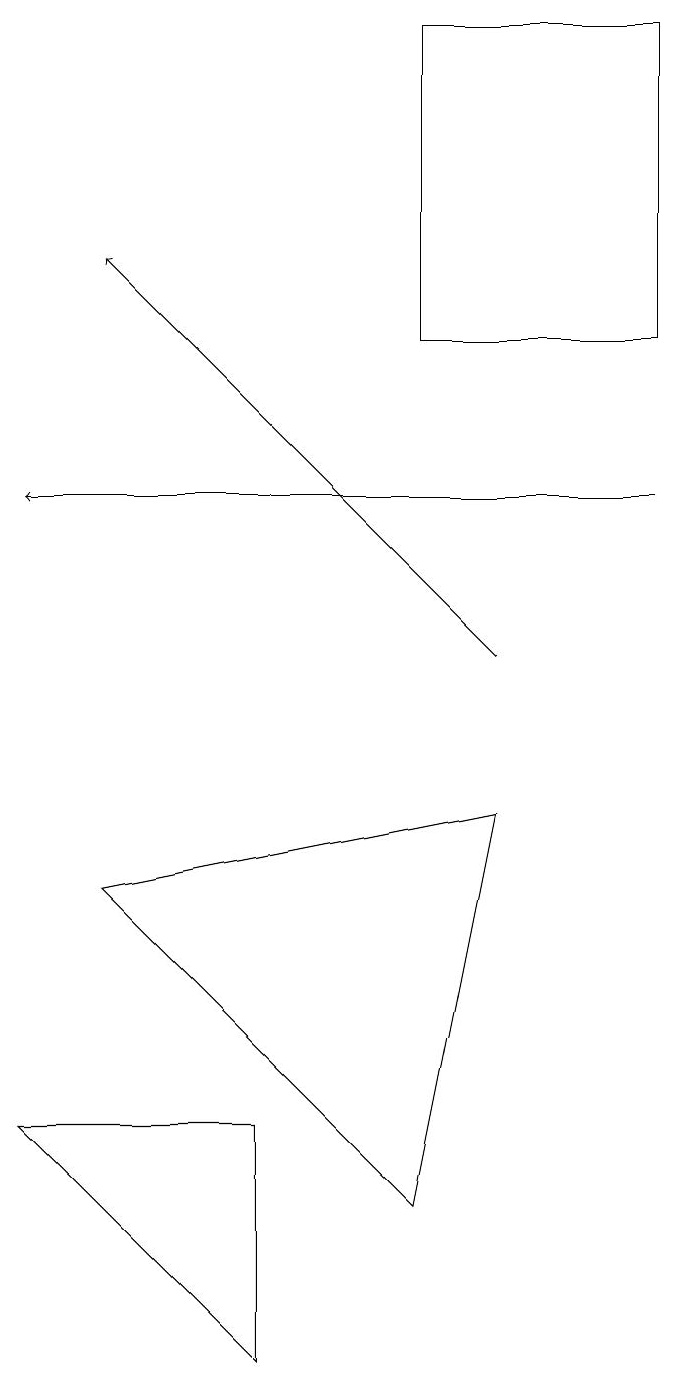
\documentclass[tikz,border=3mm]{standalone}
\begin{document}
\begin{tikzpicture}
\draw (5,15) rectangle (8,19);
\draw (5,4) -- (1,8) -- (6,9) -- cycle;
\draw[->] (8,13) -- (0,13);
\draw[->] (6,11) -- (1,16);
\draw (0,5) -- (3,2) -- (3,5) -- cycle;
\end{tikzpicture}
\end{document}